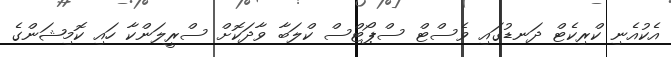
އެކުއެނި ކްރިކެޓް ދަނޑުގައި ވެސްޓް ސްޕޯޓްސް ކްލަބާ ވާދަކޮށް ސްރީލަންކާ ހައި ކޮމިޝަންގެ